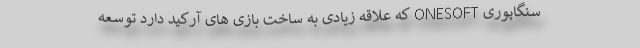
سنگاپوری ONESOFT که علاقه زیادی به ساخت بازی های آرکید دارد توسعه